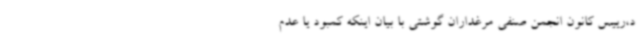
د،رییس کانون انجمن صنفی مرغداران گوشتی با بیان اینکه کمبود یا عدم